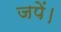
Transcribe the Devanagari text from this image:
जपें।